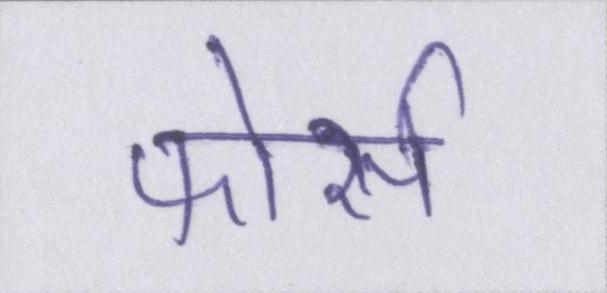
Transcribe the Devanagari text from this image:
फोर्स